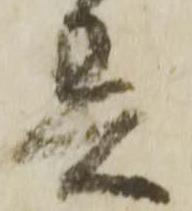
異